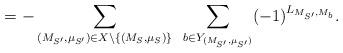
LaTeX: \begin{align*}= -\sum\limits_{(M_{S'}, \mu_{S'}) \in X \setminus \{(M_S, \mu_S)\}} \,\ \sum\limits_{b \in Y_{(M_{S'},\mu_{S'})}} (-1)^{L_{M_{S'}, M_b}}.\end{align*}